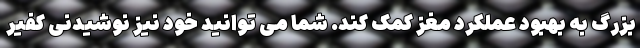
بزرگ به بهبود عملکرد مغز کمک کند. شما می توانید خود نیز نوشیدنی کفیر